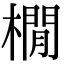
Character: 橌